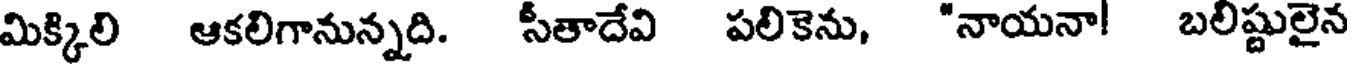
మిక్కిలి ఆకలిగానున్నది. సీతాదేవి పలికెను, "నాయనా! బలిష్టులైన